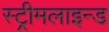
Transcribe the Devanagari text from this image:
स्ट्रीमलाइन्ड